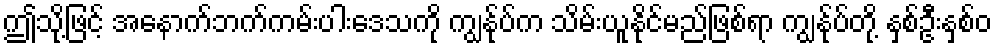
ဤသို့ဖြင့် အနောက်ဘက်ကမ်းပါးဒေသကို ကျွန်ုပ်က သိမ်းယူနိုင်မည်ဖြစ်ရာ ကျွန်ုပ်တို့ နှစ်ဦးနှစ်ဝ